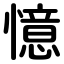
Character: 憶